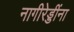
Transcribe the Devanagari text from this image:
नागीरेड्डींना